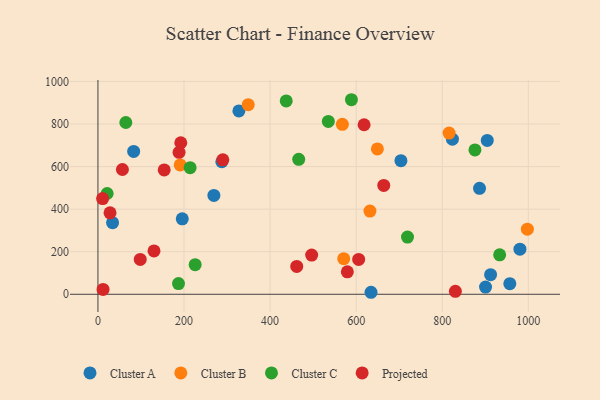
{"axis": {"x": "Study Hours", "y": "Exam Score"}, "legend": ["Cluster A", "Cluster B", "Cluster C", "Projected"], "data": [{"x": "634.5", "y": 9.4, "type": "Cluster A"}, {"x": "904.6", "y": 722.9, "type": "Cluster A"}, {"x": "34.0", "y": 336.4, "type": "Cluster A"}, {"x": "704.0", "y": 627.6, "type": "Cluster A"}, {"x": "287.8", "y": 622.7, "type": "Cluster A"}, {"x": "83.0", "y": 671.1, "type": "Cluster A"}, {"x": "957.0", "y": 49.8, "type": "Cluster A"}, {"x": "327.5", "y": 861.7, "type": "Cluster A"}, {"x": "980.5", "y": 211.8, "type": "Cluster A"}, {"x": "912.3", "y": 92.3, "type": "Cluster A"}, {"x": "195.9", "y": 354.4, "type": "Cluster A"}, {"x": "823.6", "y": 728.8, "type": "Cluster A"}, {"x": "886.6", "y": 497.6, "type": "Cluster A"}, {"x": "269.4", "y": 464.3, "type": "Cluster A"}, {"x": "900.6", "y": 33.6, "type": "Cluster A"}, {"x": "815.9", "y": 757.6, "type": "Cluster B"}, {"x": "649.3", "y": 682.8, "type": "Cluster B"}, {"x": "997.8", "y": 306.0, "type": "Cluster B"}, {"x": "632.0", "y": 391.1, "type": "Cluster B"}, {"x": "191.1", "y": 607.8, "type": "Cluster B"}, {"x": "571.1", "y": 167.2, "type": "Cluster B"}, {"x": "567.9", "y": 798.4, "type": "Cluster B"}, {"x": "349.2", "y": 890.8, "type": "Cluster B"}, {"x": "466.5", "y": 634.0, "type": "Cluster C"}, {"x": "187.2", "y": 50.1, "type": "Cluster C"}, {"x": "589.0", "y": 914.1, "type": "Cluster C"}, {"x": "214.2", "y": 594.8, "type": "Cluster C"}, {"x": "437.5", "y": 908.4, "type": "Cluster C"}, {"x": "876.0", "y": 678.2, "type": "Cluster C"}, {"x": "933.4", "y": 185.2, "type": "Cluster C"}, {"x": "21.4", "y": 473.5, "type": "Cluster C"}, {"x": "535.3", "y": 812.2, "type": "Cluster C"}, {"x": "719.3", "y": 268.7, "type": "Cluster C"}, {"x": "64.8", "y": 807.1, "type": "Cluster C"}, {"x": "225.9", "y": 139.1, "type": "Cluster C"}, {"x": "618.4", "y": 796.5, "type": "Projected"}, {"x": "130.3", "y": 203.7, "type": "Projected"}, {"x": "461.9", "y": 130.8, "type": "Projected"}, {"x": "579.5", "y": 105.6, "type": "Projected"}, {"x": "154.0", "y": 584.4, "type": "Projected"}, {"x": "98.3", "y": 163.7, "type": "Projected"}, {"x": "11.9", "y": 23.0, "type": "Projected"}, {"x": "290.2", "y": 631.6, "type": "Projected"}, {"x": "28.1", "y": 382.7, "type": "Projected"}, {"x": "10.9", "y": 449.7, "type": "Projected"}, {"x": "188.5", "y": 667.0, "type": "Projected"}, {"x": "192.5", "y": 711.9, "type": "Projected"}, {"x": "830.5", "y": 14.0, "type": "Projected"}, {"x": "664.1", "y": 511.6, "type": "Projected"}, {"x": "56.9", "y": 586.2, "type": "Projected"}, {"x": "605.8", "y": 163.8, "type": "Projected"}, {"x": "496.6", "y": 184.3, "type": "Projected"}]}